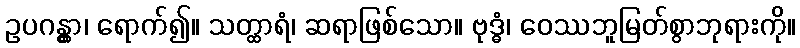
ဥပဂန္တွာ၊ ရောက်၍။ သတ္ထာရံ၊ ဆရာဖြစ်သော။ ဗုဒ္ဓံ၊ ဝေဿဘူမြတ်စွာဘုရားကို။